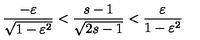
\frac { - \varepsilon } { \sqrt { 1 - \varepsilon ^ { 2 } } } < \frac { s - 1 } { \sqrt { 2 s - 1 } } < \frac { \varepsilon } { 1 - \varepsilon ^ { 2 } }